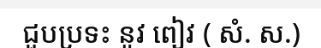
ជួបប្រទះ នូវ ពៀវ ( សំ. ស.)